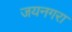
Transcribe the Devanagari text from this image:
जयनगरा